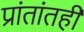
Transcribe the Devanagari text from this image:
प्रांतांतही